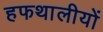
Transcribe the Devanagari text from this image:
हफथालीयों